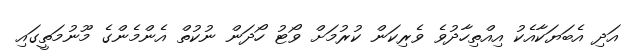
އަދި އެބަޔަކާއެކު އިއްތިހާދުވެ ވެރިކަން ކުރުމަށް ވޯޓު ހޯދަން ނުކުތް އެންމެންގެ މޫނުމަތީގައި